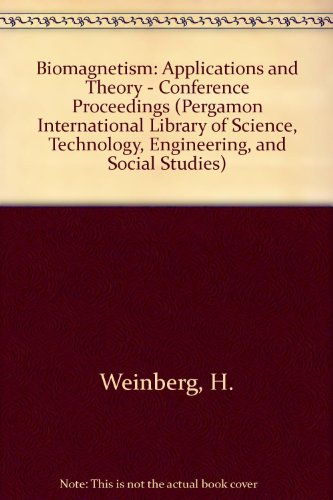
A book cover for Biomagnetism: Applications and Theory (Pergamon International Library of Science, Technology, Engineering, and Social Studies); B. C.) World Conference on Biomagnetism (5th : 1984 : Vancouver; Science & Math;